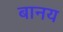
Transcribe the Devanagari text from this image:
बानय